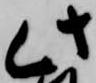
此